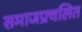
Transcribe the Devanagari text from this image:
समाजप्रचलित